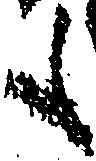
も